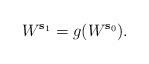
LaTeX: \begin{align*}W^{\mathbf{s}_1}=g(W^{\mathbf{s}_0}).\end{align*}